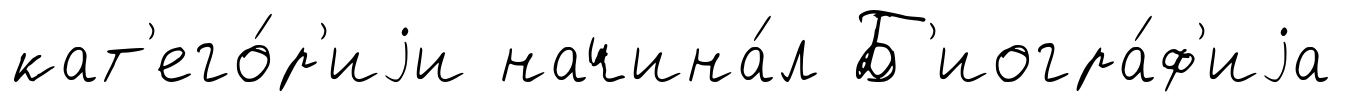
кат'его́р'иjи начина́л Б'иогра́ф'иjа